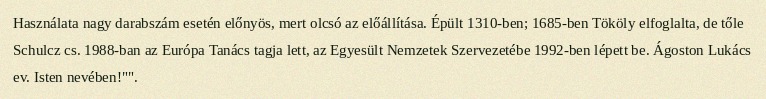
Használata nagy darabszám esetén előnyös, mert olcsó az előállítása. Épült 1310-ben; 1685-ben Tököly elfoglalta, de tőle Schulcz cs. 1988-ban az Európa Tanács tagja lett, az Egyesült Nemzetek Szervezetébe 1992-ben lépett be. Ágoston Lukács ev. Isten nevében!"".